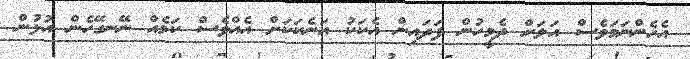
އެހެންނަމަވެސް އަލަށް ދެމީހުން ފަދައިން އެކަކު އަނެކަކަށް އެއްވެސް ކަމެއް ނޭނގޭހެން އުޅުން